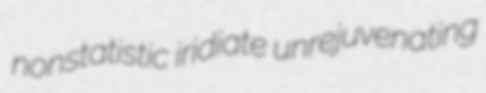
nonstatistic iridiate unrejuvenating